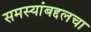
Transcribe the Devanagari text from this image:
समस्यांबद्दलचा